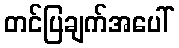
တင်ပြချက်အပေါ်